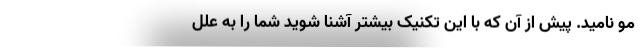
مو نامید. پیش از آن که با این تکنیک بیشتر آشنا شوید شما را به علل